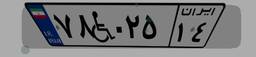
۷۸W۰۲۵۱۴